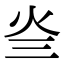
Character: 𤆜